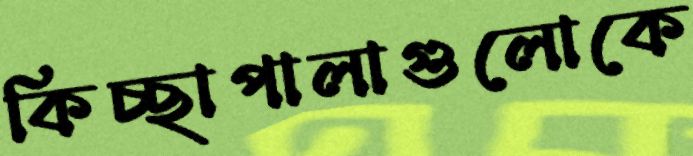
কিচ্ছাপালাগুলোকে